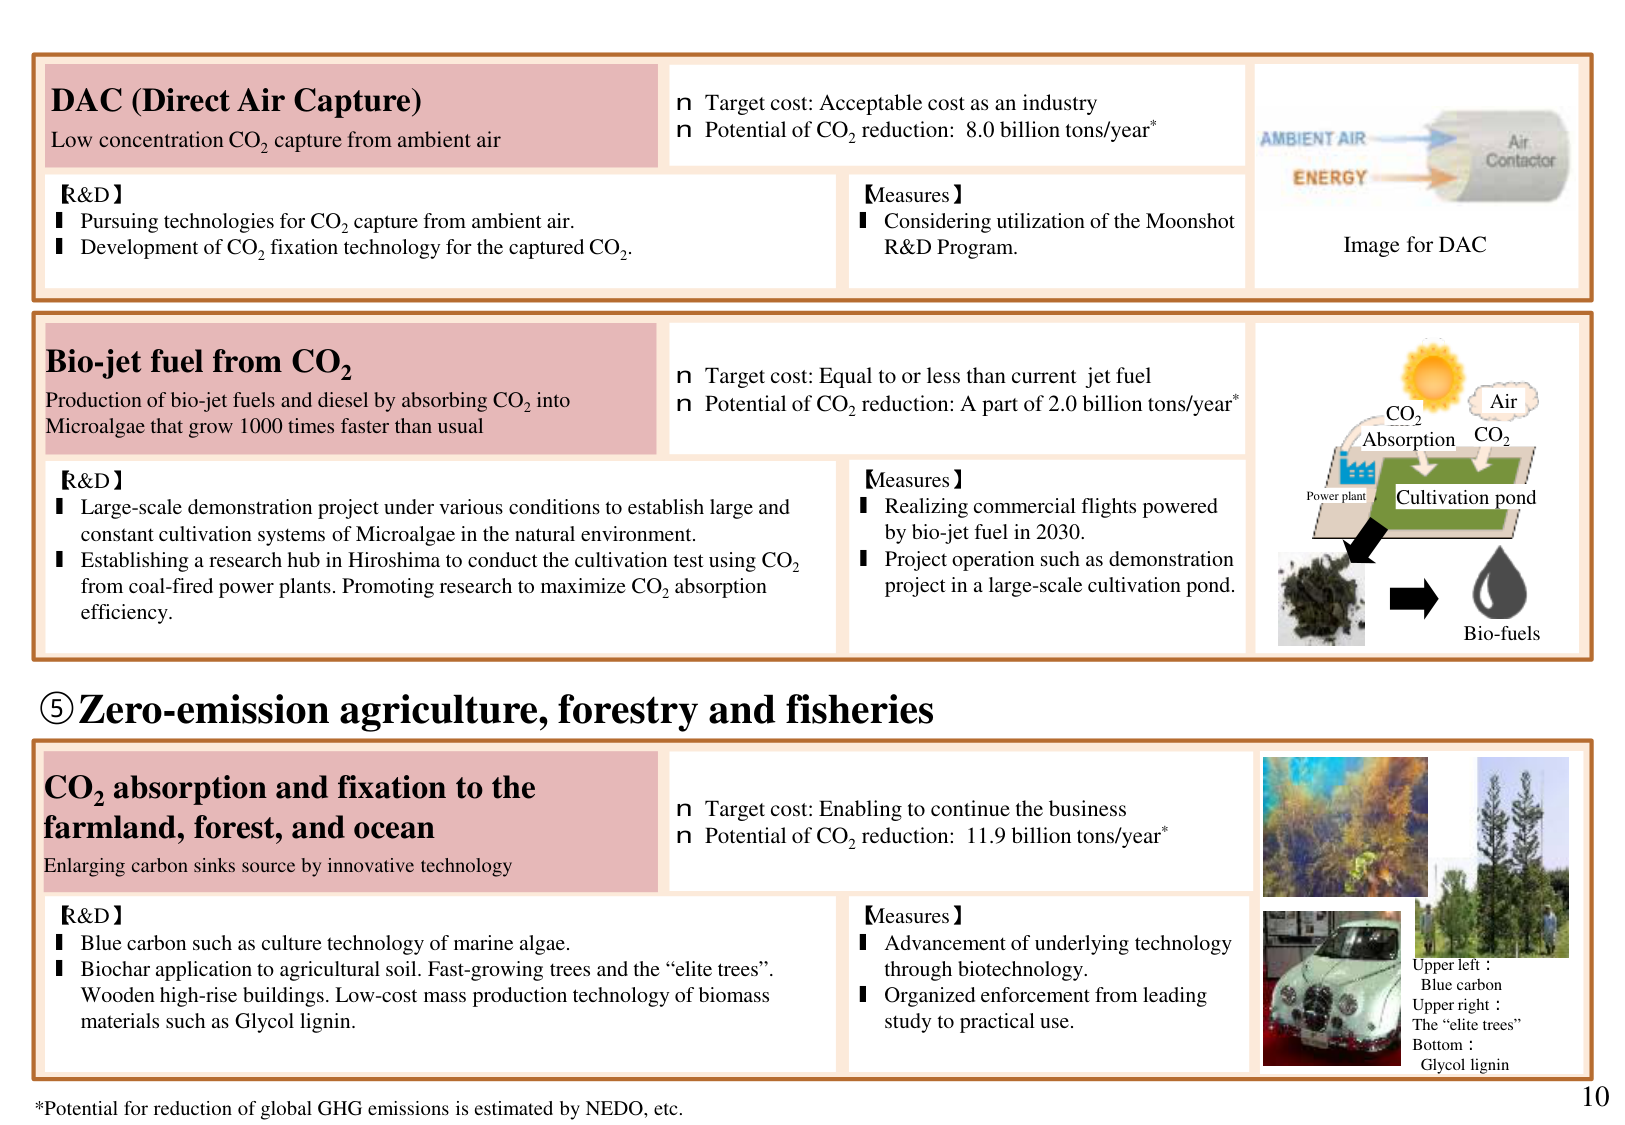
DAC (Direct Air Capture)
Low concentration CO₂ capture from ambient air

n Target cost: Acceptable cost as an industry
n Potential of CO₂ reduction: 8.0 billion tons/year*

【R&D】
■ Pursuing technologies for CO₂ capture from ambient air.
■ Development of CO₂ fixation technology for the captured CO₂.

【Measures】
■ Considering utilization of the Moonshot R&D Program.

Image for DAC

Bio-jet fuel from CO₂
Production of bio-jet fuels and diesel by absorbing CO₂ into Microalgae that grow 1000 times faster than usual

n Target cost: Equal to or less than current jet fuel
n Potential of CO₂ reduction: A part of 2.0 billion tons/year*

【R&D】
■ Large-scale demonstration project under various conditions to establish large and constant cultivation systems of Microalgae in the natural environment.
■ Establishing a research hub in Hiroshima to conduct the cultivation test using CO₂ from coal-fired power plants. Promoting research to maximize CO₂ absorption efficiency.

【Measures】
■ Realizing commercial flights powered by bio-jet fuel in 2030.
■ Project operation such as demonstration project in a large-scale cultivation pond.

CO₂
Absorption
Air
CO₂
Power plant
Cultivation pond
Bio-fuels

⑤ Zero-emission agriculture, forestry and fisheries

CO₂ absorption and fixation to the farmland, forest, and ocean
Enlarging carbon sinks source by innovative technology

n Target cost: Enabling to continue the business
n Potential of CO₂ reduction: 11.9 billion tons/year*

【R&D】
■ Blue carbon such as culture technology of marine algae.
■ Biochar application to agricultural soil. Fast-growing trees and the “elite trees”. Wooden high-rise buildings. Low-cost mass production technology of biomass materials such as Glycol lignin.

【Measures】
■ Advancement of underlying technology through biotechnology.
■ Organized enforcement from leading study to practical use.

Upper left : Blue carbon
Upper right : The “elite trees”
Bottom : Glycol lignin

*Potential for reduction of global GHG emissions is estimated by NEDO, etc.
10